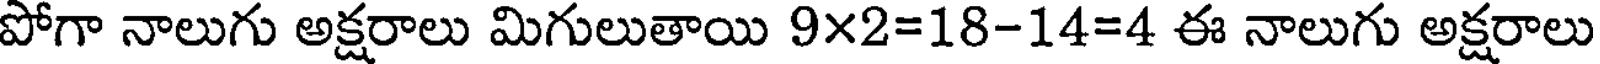
పోగా నాలుగు అక్షరాలు మిగులుతాయి 9x2=18-14=4 ఈ నాలుగు అక్షరాలు